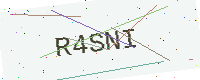
Text: R4SNI